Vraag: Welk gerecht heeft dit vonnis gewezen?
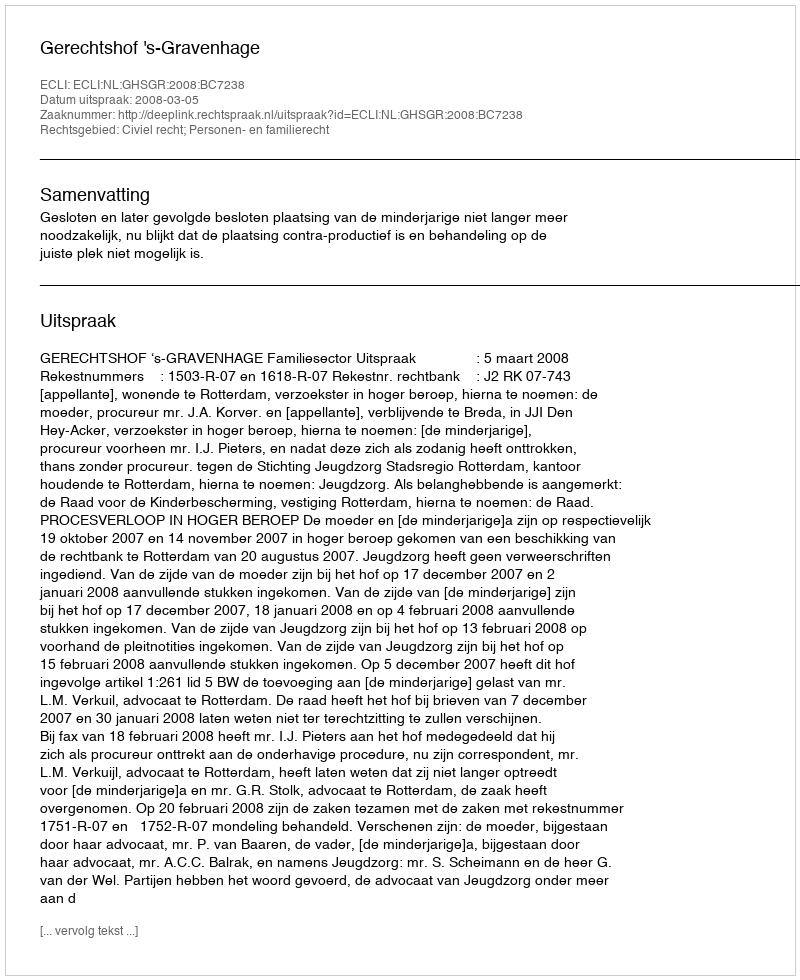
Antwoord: Gerechtshof 's-Gravenhage